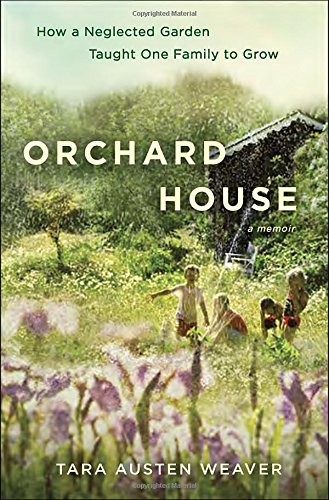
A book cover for Orchard House: How a Neglected Garden Taught One Family to Grow; Tara Austen Weaver; Crafts, Hobbies & Home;